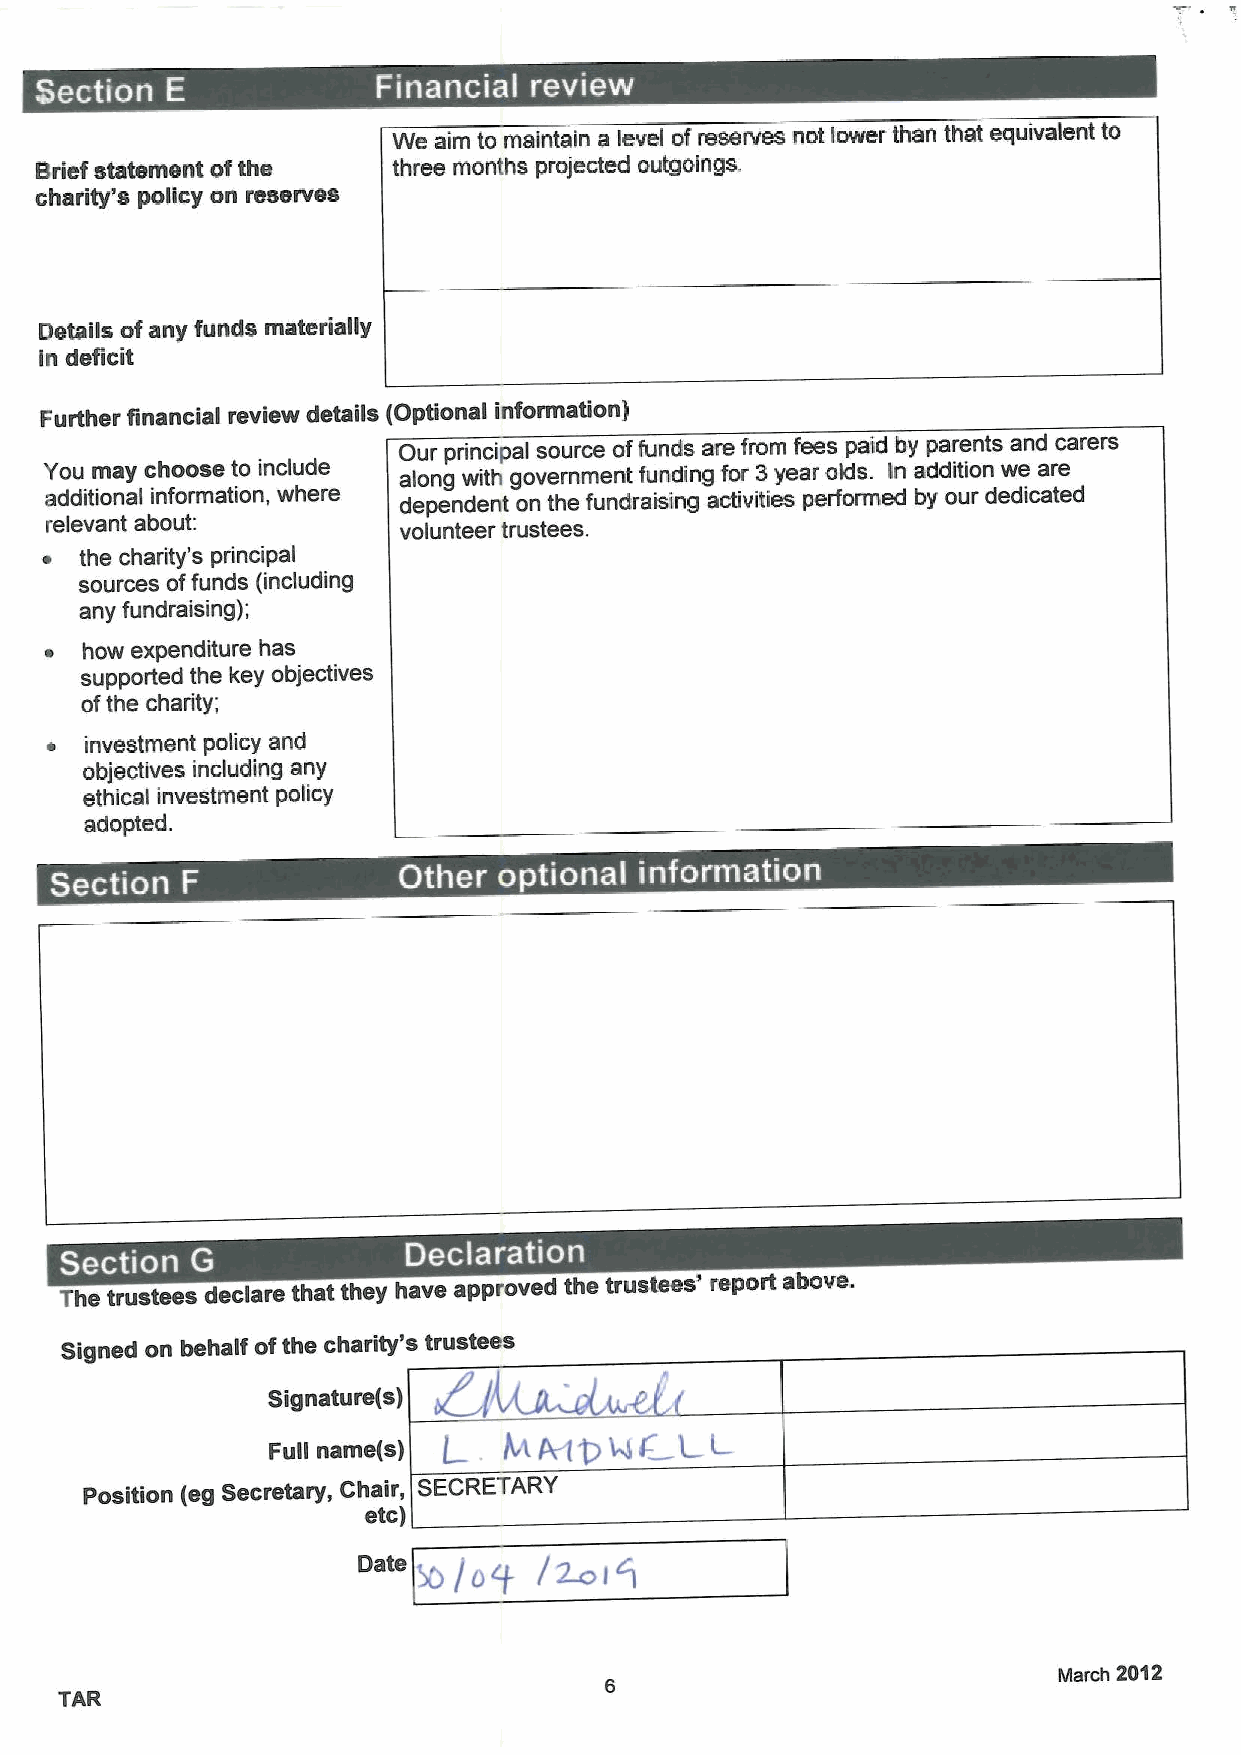
a
 We aim to maintain a level ofreserves not lower than that equivalent to
 Brief statement ofthe   three months projected outgoings.
 charity's policy on resenres
 Details ofany funds materially
 in deficit
 Further financial review details (Optional information)
 Our principal source offunds are from fees paid by parents and carers
 You may choose to include along with government funding for 3year olds. In addition we are
 additional information, where dependent on the fundraising activities performed by our dedicated
 relevant about:        volunteer trustees.
 ~ the charity's principal
 sources offunds (including
 any fundraising);
 ~ how expenditure has
 supported the key objectives
 ofthe charity;
 ~  investment policy and
 objectives including any
 ethical investment poiicy
 adopted.
 ~  -  aa  ~       ~   ~  ~
 The trustees declare that they have approved the trustees' report above.
 Signed on behalf ofthe charity's trustees
 Signature(s)
 Full name(s)
 Position (eg Secretary, Chair, SECRETARY
 etc)
 %/op    lMIQ
 March 2012
 TAR